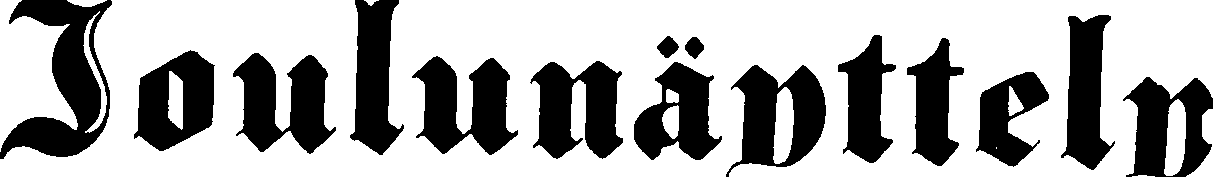
Joulunäyttely